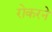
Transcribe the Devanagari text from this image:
रोकरने